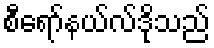
စီရော်နယ်လ်ဒိုသည်